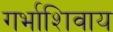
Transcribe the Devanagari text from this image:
गर्भाशिवाय